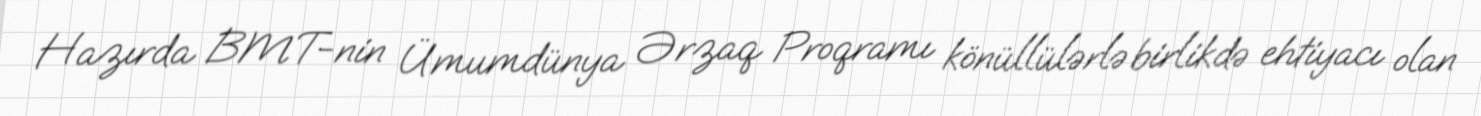
Hazırda BMT-nin Ümumdünya Ərzaq Proqramı könüllülərlə birlikdə ehtiyacı olan